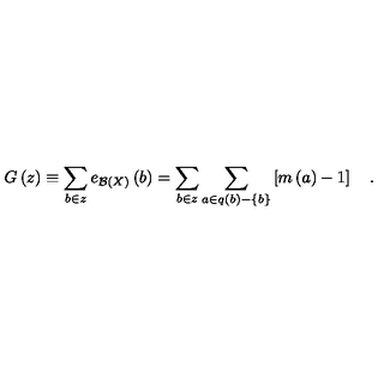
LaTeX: G \left( z \right) \equiv \sum _ { b \in z } e _ { { \cal B } \left( X \right) } \left( b \right) = \sum _ { b \in z } \sum _ { a \in q \left( b \right) - \left\{ b \right\} } \left[ m \left( a \right) - 1 \right] \quad .